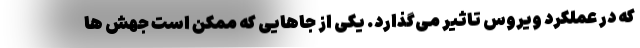
که در عملکرد ویروس تاثیر می‌گذارد. یکی از جاهایی که ممکن است جهش ها